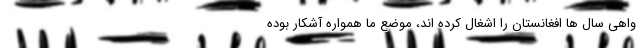
واهی سال ها افغانستان را اشغال کرده اند، موضع ما همواره آشکار بوده